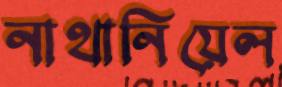
নাথানিয়েল